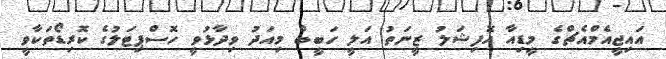
އައިޖީއެމްއެޗްގެ މީޑިއާ އޮފިޝަލު ޒީނަތު އަލީ ހަބީބް މިއަދު ވިދާޅުވީ ހޮސްޕިޓަލުގެ ކޮރިޑޯތަކާވީ